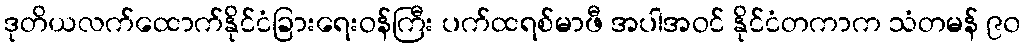
ဒုတိယလက်ထောက်နိုင်ငံခြားရေးဝန်ကြီး ပက်ထရစ်မာဖီ အပါအဝင် နိုင်ငံတကာက သံတမန် ၉၀